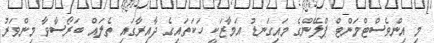
މި އިންވެސްޓްމަންޓް ޕްލޭންގެ މައިގަނޑު އަމާޒަކީ ހަކަތައިގެ ދާއިރާގައި ތެލައް ބަރޯސާވާ މިންވަރު